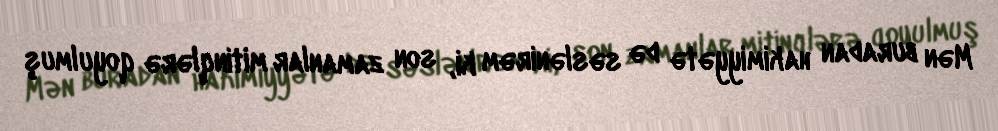
Mən buradan hakimiyyətə də səslənirəm ki, son zamanlar mitinqlərə qoyulmuş